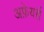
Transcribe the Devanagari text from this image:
अफ़ेयर्स